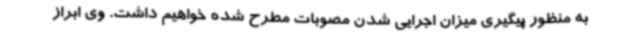
به منظور پیگیری میزان اجرایی شدن مصوبات مطرح شده خواهیم داشت. وی ابراز